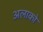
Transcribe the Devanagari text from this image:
अलाको